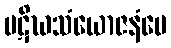
ပဋိဃသံယောဇနံပေ